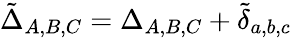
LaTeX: \tilde{\Delta}_{A,B,C}=\Delta_{A,B,C}+\tilde{\delta}_{a,b,c}